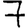
Digit: 7